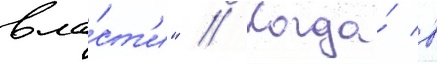
вла́ст'и" // Когда́ в